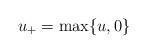
LaTeX: \begin{align*}u_+=\max\{u,0\}\end{align*}